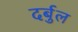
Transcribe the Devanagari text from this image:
दर्बुल